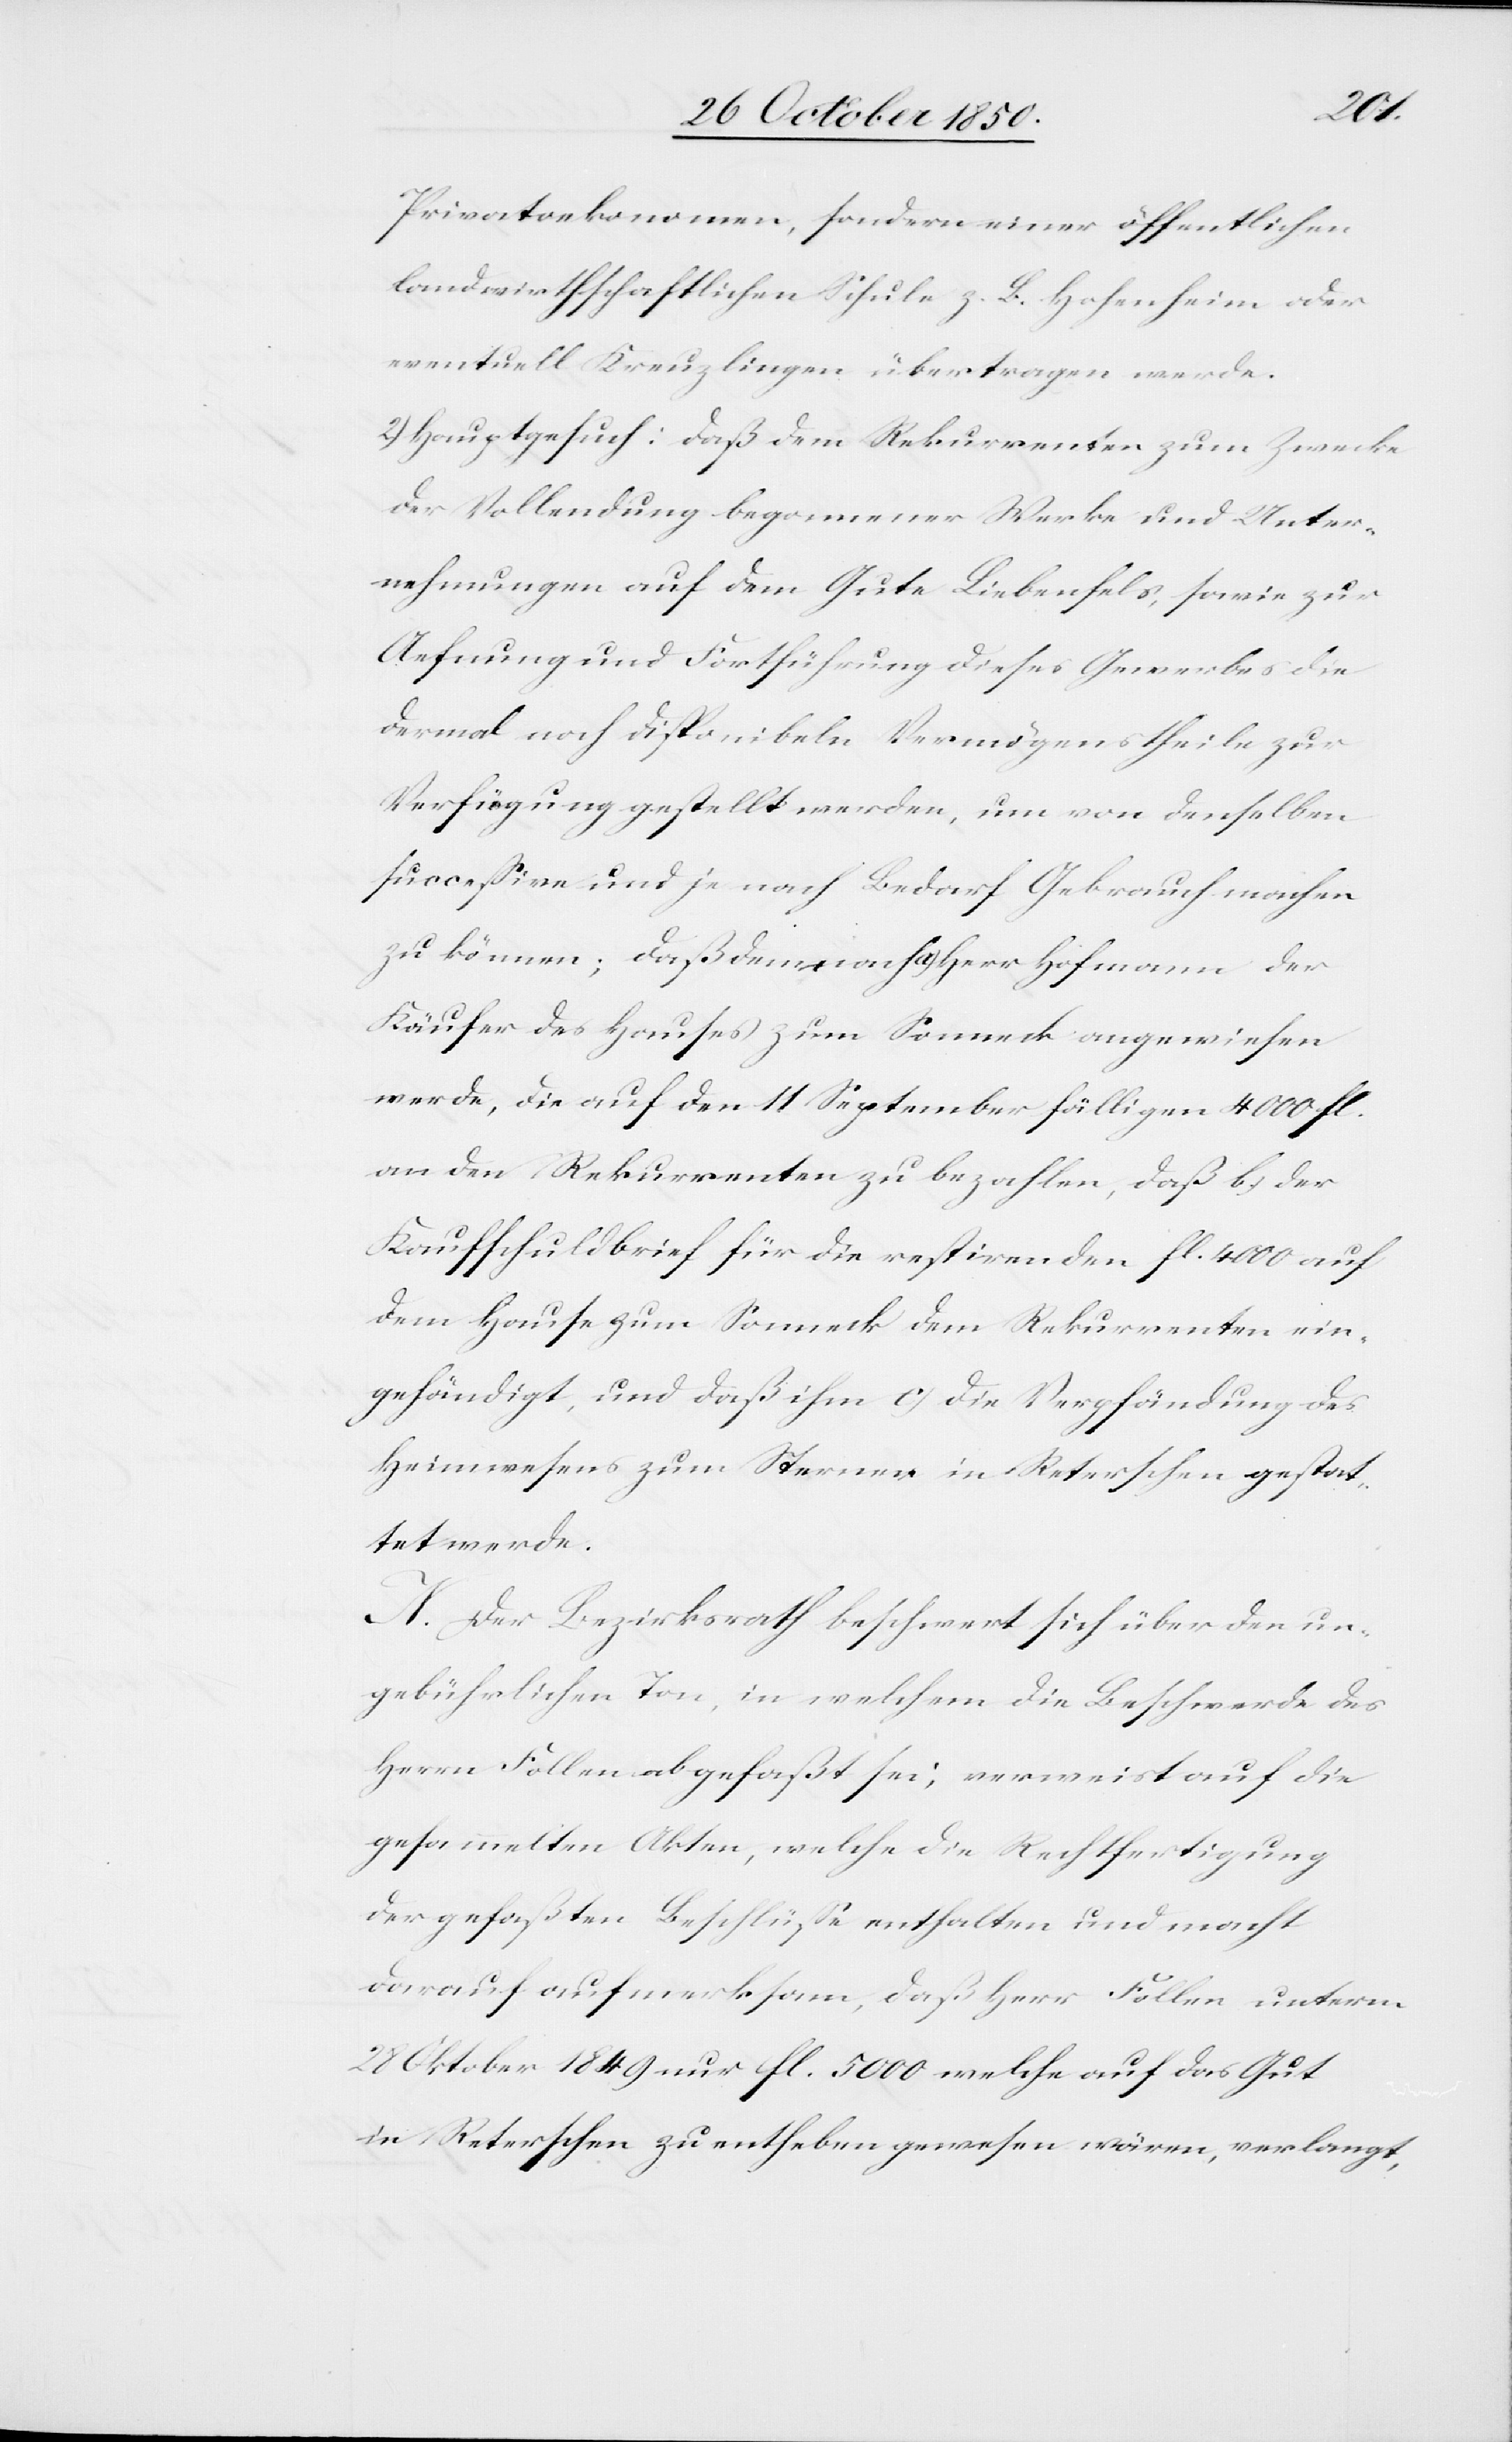
Privatoekonomen, sondern einer öffentlichen
landwirthschaftlichen Schule z. B. Hohenheim oder
eventuell Kreuzlingen übertragen werde.
2.) Hauptgesuch: daß dem Rekurrenten zum Zwecke
der Vollendung begonnener Werke und Unter¬
nehmungen auf dem Gute Liebenfels, sowie zur
Ae[u]fnung und Fortführung dieses Gewerbes die
dermal noch disponibeln Vermögenstheile zur
Verfügung gestellt werden um von denselben
successive und je nach Bedarf Gebrauch machen
zu können; daß demnach a) Herr Hofmann der
Käufer des Hauses zum Sonneck angewiesen
werde, die auf den 11 September fälligen 4000 fl.
an den Rekurrenten zu bezahlen, daß b.) der
Kaufschuldbrief für die restirenden fl. 4000 auf
dem Hause zum Sonneck dem Rekurrenten ein¬
gehändigt, und daß ihm c) die Verpfändung des
Heimwesens zum Sternen in Reterschen gestat¬
tet werde.
N. Der Bezirksrath beschwert sich über den un¬
gebührlichen Ton, in welchem die Beschwerde des
Herrn Follen abgefaßt sei; verweist auf die
gesammelten Akten, welche die Rechtfertigung
der gefaßten Beschlüsse enthalten und macht
darauf aufmerksam, daß Herr Follen unterm
28 Oktober nur fl. 5000 welche auf das Gut
in Reterschen zu entheben gewesen wären, verlangt,